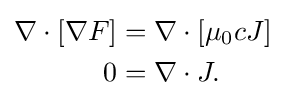
{\begin{aligned}\nabla \cdot \left[\nabla F\right]&=\nabla \cdot \left[\mu _{0}cJ\right]\\0&=\nabla \cdot J.\end{aligned}}